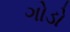
ગોડો